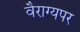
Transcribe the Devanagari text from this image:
वैराग्यपर